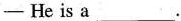
- He is a ___.